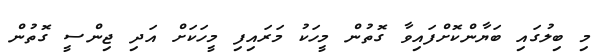
މި ބިލުގައި ބަޔާންކޮށްފައިވާ ގޮތުން މީހަކު މަރައިފި މީހަކަށް އަދި ޖިންސީ ގޮތުން